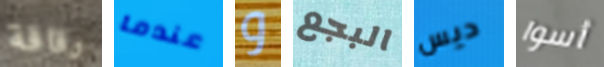
رقاقة عندما و البجع ديس أسوا